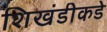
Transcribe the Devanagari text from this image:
शिखंडीकडे